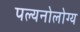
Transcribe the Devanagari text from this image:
पल्यनोलोग्य